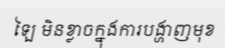
ឡៃ មិនខ្លាចក្នុងការបង្ហាញមុខ